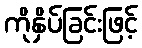
ကိုနှိပ်ခြင်းဖြင့်